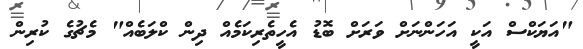
"އަޔަކްސް އަކީ އަހަންނަށް ވަރަށް ބޮޑު އެހީތެރިކަމެއް ދިން ކްލަބެއް" މެޗުގެ ކުރިން